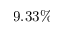
9 . 3 3 \%